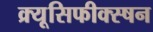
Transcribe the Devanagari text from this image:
क्र्यूसिफीक्स्षन